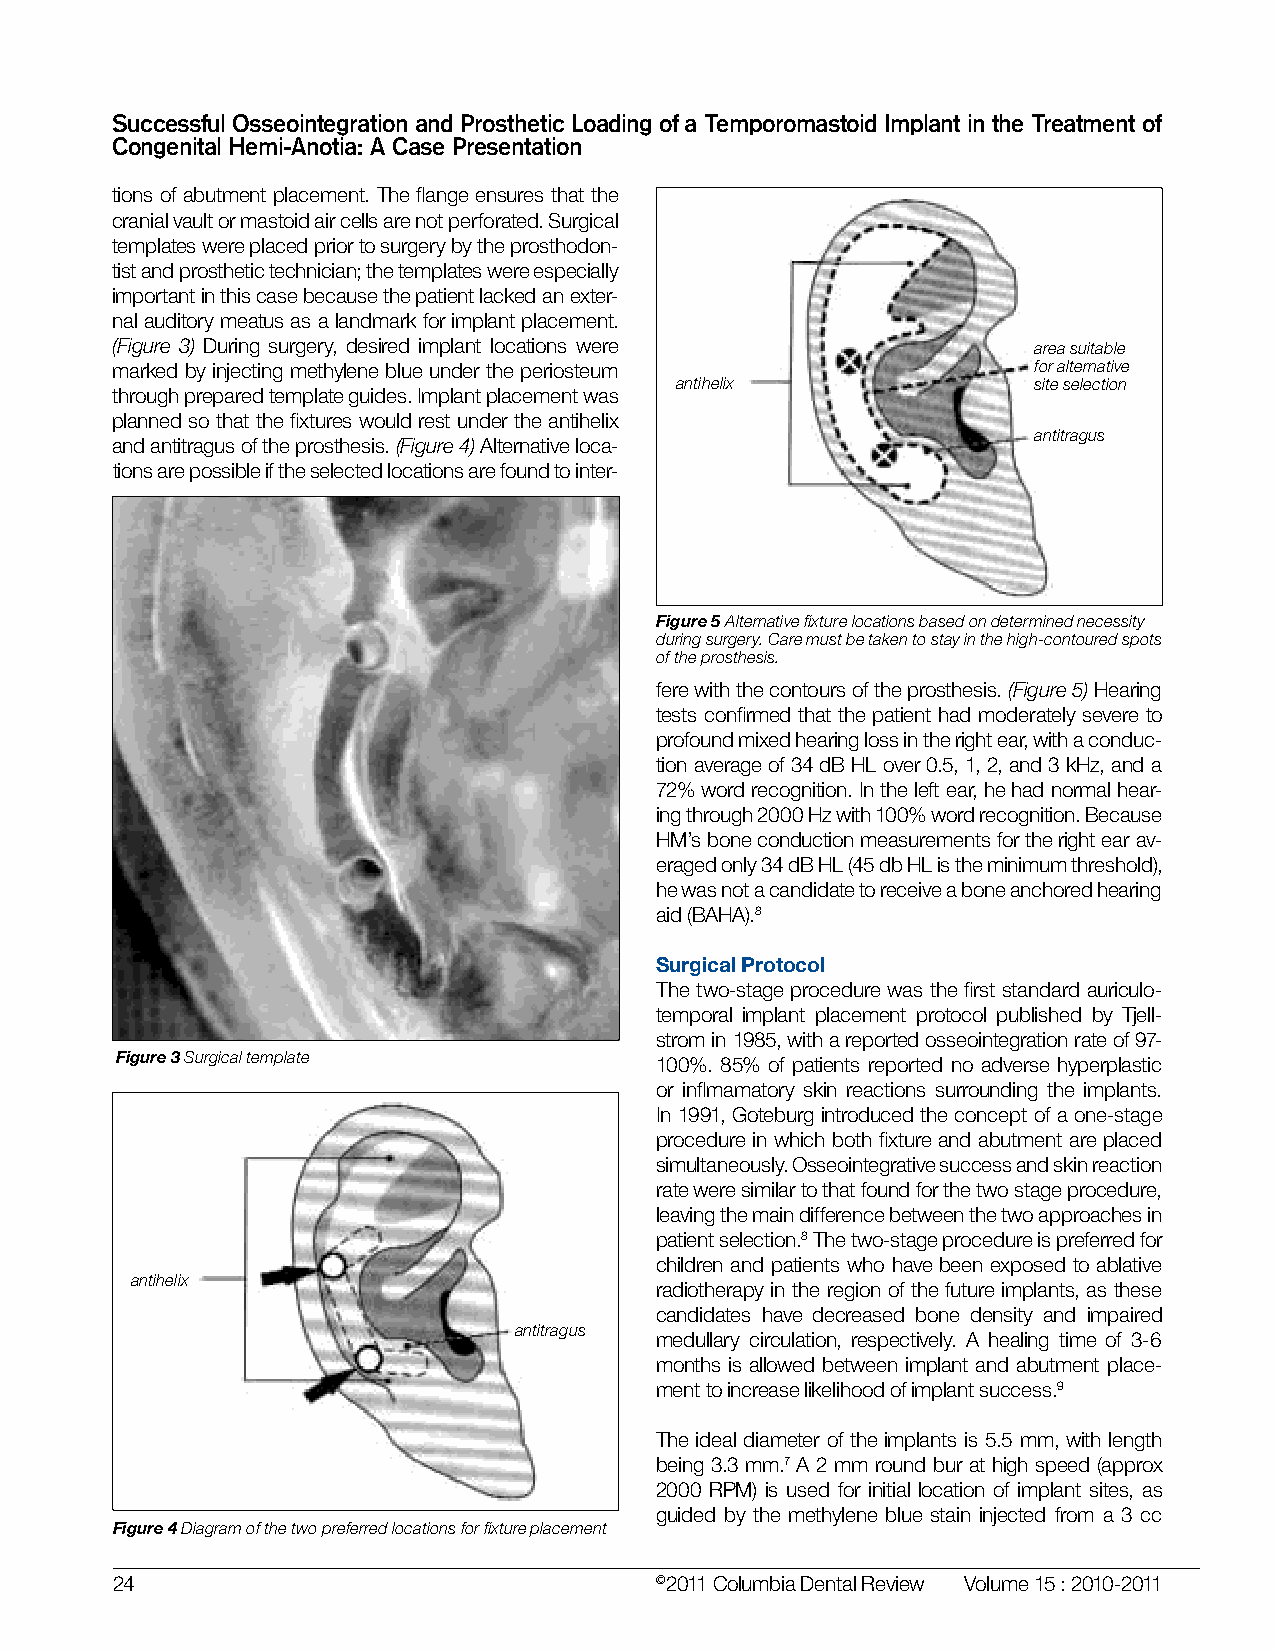
Successful Osseointegration and Prosthetic Loading of a Temporomastoid Implant in the Treatment of
 Congenital Hemi-Anotia: A Case Presentation
 tions of abutment placement. The flange ensures that the
 cranial vault or mastoid air cells are not perforated. Surgical
 templates were placed prior to surgery by the prosthodon-
 tist and prosthetic technician; the templates were especially
 important in this case because the patient lacked an exter-
 nal auditory meatus as a landmark for implant placement.
 (Figure 3) During surgery, desired implant locations were    area suitable
 marked by injecting methylene blue under the periosteum      for alternative
 antihelix              site selection
 through prepared template guides. Implant placement was
 planned so that the fixtures would rest under the antihelix
 antitragus
 and antitragus of the prosthesis. (Figure 4) Alternative loca-
 tions are possible if the selected locations are found to inter-
 Figure 5 Alternative fixture locations based on determined necessity
 during surgery. Care must be taken to stay in the high-contoured spots
 of the prosthesis.
 fere with the contours of the prosthesis. (Figure 5) Hearing
 tests confirmed that the patient had moderately severe to
 profound mixed hearing loss in the right ear, with a conduc-
 tion average of 34 dB HL over 0.5, 1, 2, and 3 kHz, and a
 72% word recognition. In the left ear, he had normal hear-
 ing through 2000 Hz with 100% word recognition. Because
 HM’s bone conduction measurements for the right ear av-
 eraged only 34 dB HL (45 db HL is the minimum threshold),
 he was not a candidate to receive a bone anchored hearing
 aid (BAHA).8
 Surgical Protocol
 The two-stage procedure was the first standard auriculo-
 temporal implant placement protocol published by Tjell-
 strom in 1985, with a reported osseointegration rate of 97-
 Figure 3 Surgical template         100%. 85% of patients reported no adverse hyperplastic
 or inflmamatory skin reactions surrounding the implants.
 In 1991, Goteburg introduced the concept of a one-stage
 procedure in which both fixture and abutment are placed
 simultaneously. Osseointegrative success and skin reaction
 rate were similar to that found for the two stage procedure,
 leaving the main difference between the two approaches in
 patient selection.8 The two-stage procedure is preferred for
 children and patients who have been exposed to ablative
 antihelix
 radiotherapy in the region of the future implants, as these
 candidates have decreased bone density and impaired
 antitragus
 medullary circulation, respectively. A healing time of 3-6
 months is allowed between implant and abutment place-
 ment to increase likelihood of implant success.9
 The ideal diameter of the implants is 5.5 mm, with length
 being 3.3 mm.7 A 2 mm round bur at high speed (approx
 2000 RPM) is used for initial location of implant sites, as
 guided by the methylene blue stain injected from a 3 cc
 Figure 4 Diagram of the two preferred locations for fixture placement
 24                                  ©2011 Columbia Dental Review Volume 15 : 2010-2011